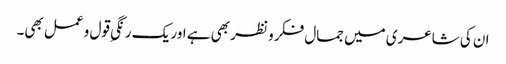
ان کی شاعری میں جمال فکر و نظر بھی ہے اور یک رنگیِ قول و عمل بھی۔